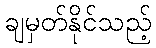
ချမှတ်နိုင်သည့်